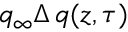
q _ { \infty } \Delta \, q ( z , \tau )